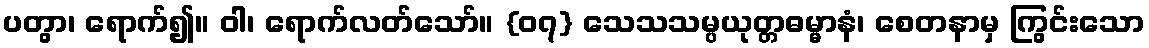
ပတွာ၊ ရောက်၍။ ဝါ၊ ရောက်လတ်သော်။ {၀၇} သေသသမ္ပယုတ္တဓမ္မာနံ၊ စေတနာမှ ကြွင်းသော